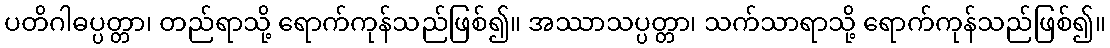
ပတိဂါဓပ္ပတ္တာ၊ တည်ရာသို့ ရောက်ကုန်သည်ဖြစ်၍။ အဿာသပ္ပတ္တာ၊ သက်သာရာသို့ ရောက်ကုန်သည်ဖြစ်၍။